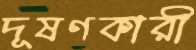
দূষণকারী